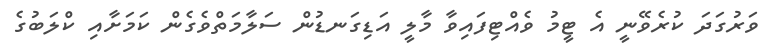
ވަރުގަދަ ކުރެވޭނީ އެ ޓީމު ވެއްޓިފައިވާ މާލީ އަޑިގަނޑުން ސަލާމަތްވެގެން ކަމަށާއި ކްލަބުގެ